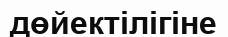
дөйектілігіне